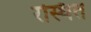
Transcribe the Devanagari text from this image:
रस्थित